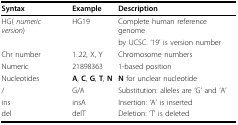
<table><thead><tr><td><b>Syntax</b></td><td><b>Example</b></td><td><b>Description</b></td></tr></thead><tbody><tr><td>HG( <i>numeric version</i>)</td><td>HG19</td><td>Complete human reference genome</td></tr><tr><td></td><td></td><td>by UCSC. &#x27;19&#x27; is version number</td></tr><tr><td>Chr number</td><td>1..22, X, Y</td><td>Chromosome numbers</td></tr><tr><td>Numeric</td><td>21898363</td><td>1-based position</td></tr><tr><td>Nucleotides</td><td><b>A</b>, <b>C</b>, <b>G</b>, <b>T</b>, <b>N</b></td><td><b>N</b> for unclear nucleotide</td></tr><tr><td>/</td><td>G/A</td><td>Substitution: alleles are &#x27;G&#x27; and &#x27;A&#x27;</td></tr><tr><td>ins</td><td>insA</td><td>Insertion: &#x27;A&#x27; is inserted</td></tr><tr><td>del</td><td>delT</td><td>Deletion: &#x27;T&#x27; is deleted</td></tr></tbody></table>